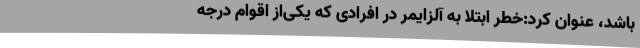
باشد، عنوان کرد:خطر ابتلا به آلزایمر در افرادی که یکی‌از اقوام درجه